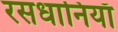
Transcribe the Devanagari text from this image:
रसधानियाँ